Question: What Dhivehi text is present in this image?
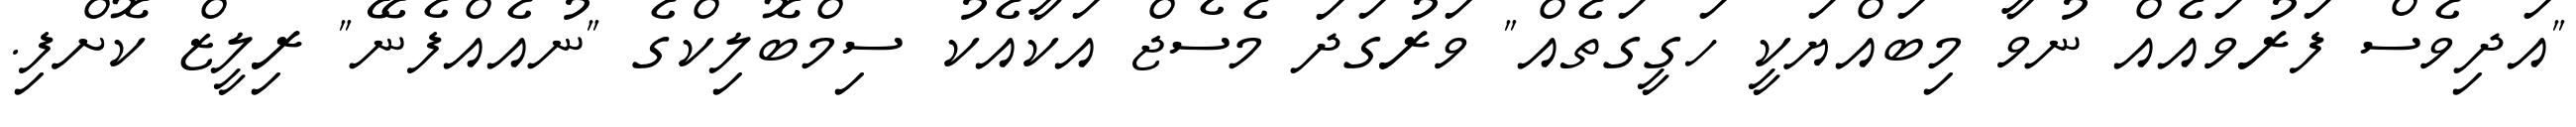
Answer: "އަދިވެސް ފަރުވައެއް ނުވާ މިބައްޔަކީ ހަގީގަތެއް" ވަރުގަދަ މެސެޖް އަކާއެކު ސިމްބޮލިކްގެ "ނުއެއްފެނޭ" ރިލީޒް ކޮށްފި.